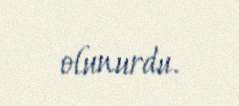
olunurdu.